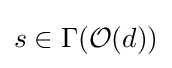
s\in \Gamma ({\mathcal {O}}(d))